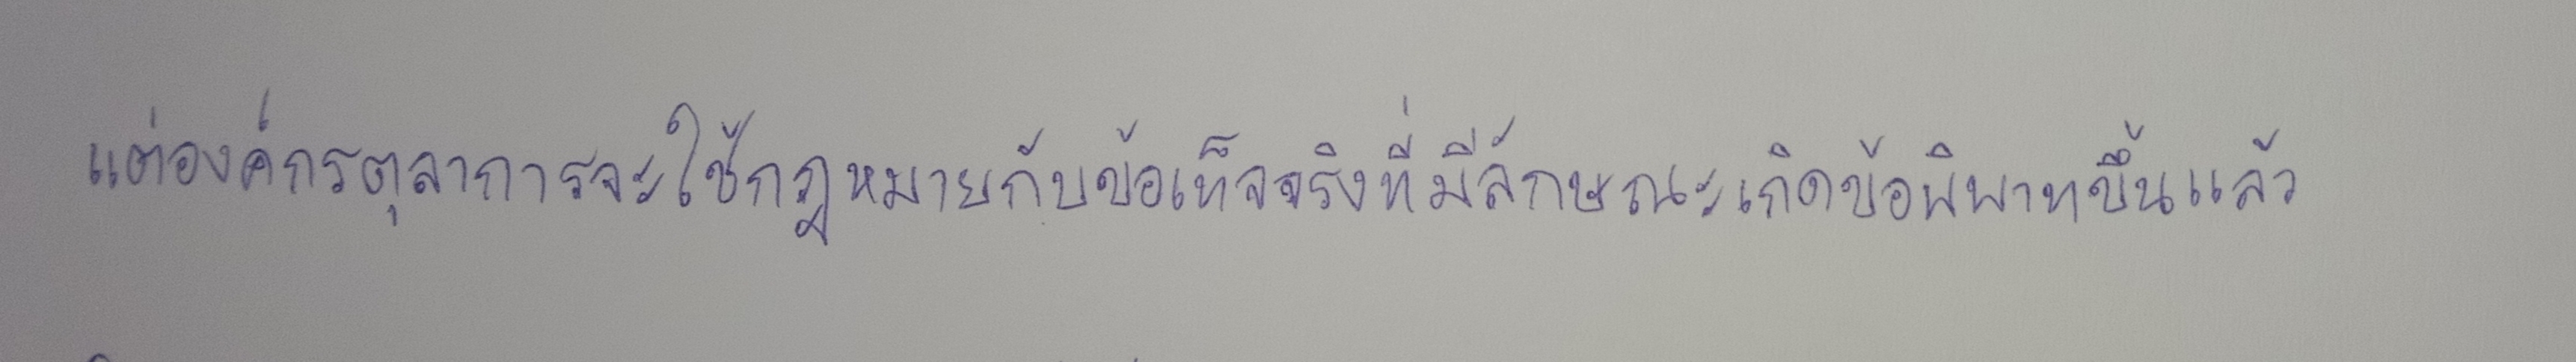
แต่องค์กรตุลาการจะใช้กฎหมายกับข้อเท็จจริงที่มีลักษณะเกิดข้อพิพาทขึ้นแล้ว